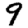
Digit: 9